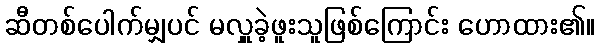
ဆီတစ်ပေါက်မျှပင် မလှူခဲ့ဖူးသူဖြစ်ကြောင်း ဟောထား၏။